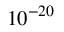
1 0 ^ { - 2 0 }